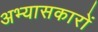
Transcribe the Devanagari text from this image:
अभ्‍यासकारों